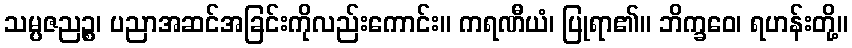
သမ္ပဇညဉ္စ၊ ပညာအဆင်အခြင်းကိုလည်းကောင်း။ ကရဏီယံ၊ ပြုရာ၏။ ဘိက္ခဝေ၊ ရဟန်းတို့။